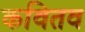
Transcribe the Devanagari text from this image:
कवितव